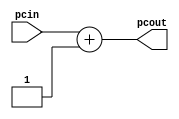
module incrementer (
   input  wire [31:0] pcin,      // Input of incrementer
   output wire [31:0] pcout      // Output of incrementer
   );
   assign pcout = pcin + 1;  // Increment PC by 1, *See Comments above
endmodule // incrementer